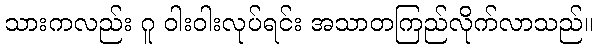
သားကလည်း ဂူ ဝါးဝါးလုပ်ရင်း အသာတကြည်လိုက်လာသည်။